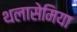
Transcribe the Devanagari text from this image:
थलासेमिया